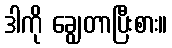
ဒါကို ချွေတာပြီးစား။